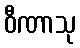
ဝီဏာသု